Report of the Indian Hemp Drugs Commission, 1894-1895 - Volume II
Year: 1894
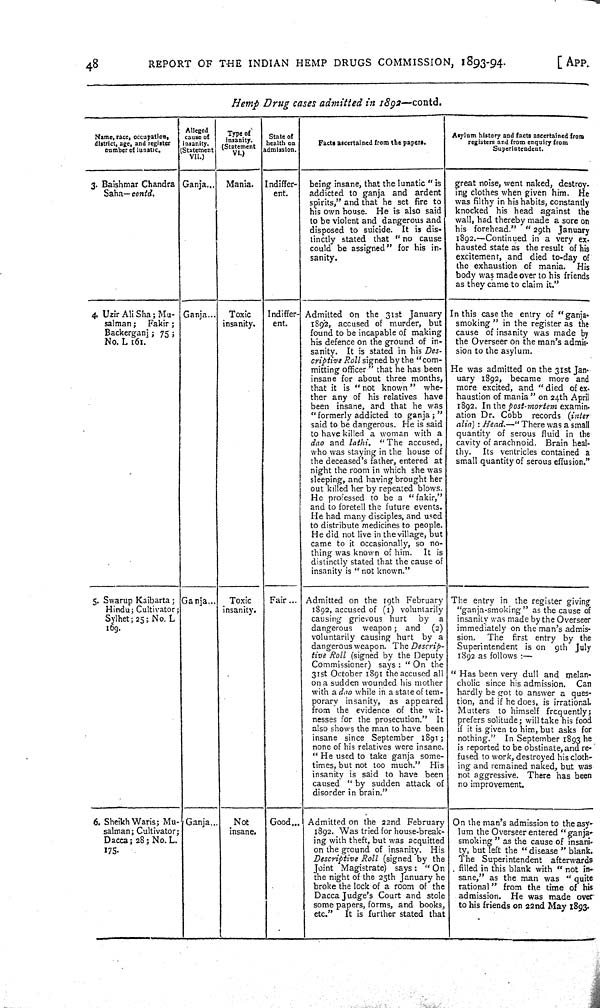
48
REPORT OF THE INDIAN
HEMP DRUGS COMMISSION,
1893-94.
[APP.
Hemp
Drug
cases admitted
in
1892—contd.
Name, race, occupation,
district, age, and register
number of lunatic.
Alleged
cause of
inanity.
(Statement
VII.)
Type of
insanity.
(Statement
VI.)
State of
health on
admission.
Facts ascertained from the papers.
Asylum history and facts ascertained from
registers and from enquiry from
Superintendent.
3. Baishmar Chandra
Saha— contd.
Ganja
Mania.
Indiffer-
ent.
being insane, that the lunatic "is
addicted to ganja and
ardent
spirits," and that he set fire to
his own house. He is also said
to be violent and dangerous and
disposed to suicide. It is dis-
tinctly stated that
"no
cause
could be assigned" for his in-
sanity.
great noise, went naked, destroy.
ing clothes when given him.
He
was filthy in his habits, constantly
knocked his head against
the
wall, had thereby made a sore on
his forehead."
"29th
January
1892.—Continued in a very ex.
hausted state as the result of his
excitement, and died to-day of
the exhaustion of mania.
His
body was made over to his friends
as they came to claim it."
4. Uzir Ali Sha; Mu-
salman;
Fakir;
Backerganj; 75;
No. L 161.
Ganja
Toxic
insanity.
Indiffer-
ent.
Admitted on the 31st January
1892, accused of murder,
but
found to be incapable of making
his defence on the ground of in-
sanity.
It is stated in his Des-
criptive
Roll signed by the "com-
mitting officer" that he has been
insane for about three months,
that it is "not known"
whe-
ther any of his relatives have
been insane, and that he was
"formerly addicted to ganja;"
said to be dangerous. He is said
to have killed a woman with a
dao and lathi.
"The accused,
who was staying in the house of
the deceased's father, entered at
night the room in which she was
sleeping, and having brought her
out killed her by repeated blows.
He professed to be a "fakir,"
and to foretell the future events.
He had many disciples, and used
to distribute medicines to people.
He did not live in the village, but
came to it occasionally, so no-
thing was known of him.
It is
distinctly stated that the cause of
insanity is "not known."
In this case the entry of
"ganja-
smoking" in the register as the
cause of insanity was made by
the Overseer on the man's admis-
sion to the asylum.
He was admitted on the 31st Jan-
uary 1892, became more and
more excited, and "died of ex-
haustion of mania" on 24th April
1892. In the post-mortem
examin-
ation Dr. Cobb
records
(inter
alia):
Head.—"There
was a small
quantity of serous fluid in the
cavity of arachnoid.
Brain heal-
thy.
Its ventricles contained a
small quantity of serous effusion."
5. Swarup Kaibarta;
Hindu; Cultivator;
Sylhet; 25; No. L
169.
Ganja
Toxic
insanity.
Fair
Admitted on the 19th February
1892, accused of (1) voluntarily
causing grievous hurt
by
a
dangerous
weapon; and
(2)
voluntarily causing hurt
by a
dangerous weapon. The
Descrip-
tive Roll
(signed by the Deputy
Commissioner) says: "On the
31st October 1891 the accused all
on a sudden wounded his mother
with a dao while in a state of tem-
porary insanity,
as
appeared
from the evidence of the wit-
nesses for the prosecution."
It
also shows the man to have been
insane since September 1891;
none of his relatives were insane.
"He used to take ganja some-
times, but not too much."
His
insanity is said to have been
caused "by sudden attack of
disorder in brain."
The entry in the register giving
"ganja-smoking" as the cause of
insanity was made by the Overseer
immediately on the man's admis-
sion.
The
first entry by the
Superintendent is on
9th
July
1892 as follows:—
"Has been very dull and melan-
cholic since his admission.
Can
hardly be got to answer a ques-
tion, and if he does, is irrational.
Mutters
to himself
frequently;
prefers solitude; will take his food
if it is given to him, but asks for
nothing."
In September 1893 he
is reported to be obstinate, and re-
fused to work, destroyed his cloth-
ing and remained naked, but was
not aggressive. There has been
no improvement.
6. Sheikh Waris; Mu-
salman; Cultivator;
Dacca; 28; No. L.
175.
Ganja
Not
insane.
Good
Admitted on the 22nd February
1892. Was tried for house-break-
ing with theft, but was acquitted
on the ground of insanity.
His
Descriptive
Roll
(signed by the
Joint Magistrate) says:
"On
the night of the 25th January he
broke the lock of a room of the
Dacca Judge's Court and stole
some papers, forms, and books,
etc."
It is further stated that
On the man's admission to the asy-
lum the Overseer entered "ganja-
smoking" as the cause of insani-
ty, but left the "disease" blank.
The Superintendent
afterwards
filled in this blank with "not in-
sane," as the man was
"quite
rational" from the time of his
admission.
He was made over
to his friends on 22nd May 1893.